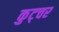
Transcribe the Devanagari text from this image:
कुट्चर